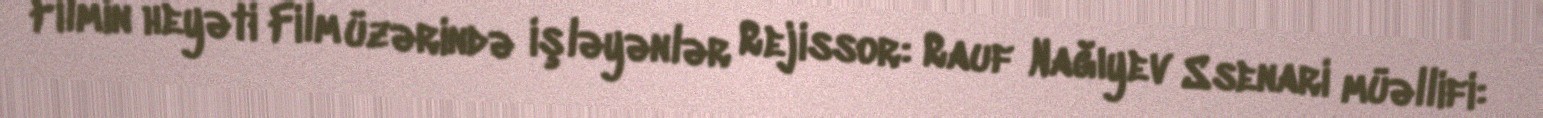
Filmin heyəti Film üzərində işləyənlər Rejissor: Rauf Nağıyev Ssenari müəllifi: